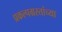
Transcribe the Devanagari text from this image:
प्रकल्पग्रस्तांच्या